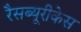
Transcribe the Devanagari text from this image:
रैसब्यूरीकेस